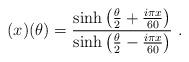
LaTeX: \begin{align*}(x)(\theta)=\frac{\sinh\left(\frac{\theta}{2}+\frac{i\pi x}{60}\right)} {\sinh\left(\frac{\theta}{2}-\frac{i\pi x}{60}\right)}~.\end{align*}